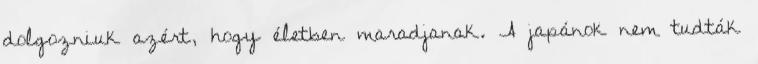
dolgozniuk azért, hogy életben maradjanak. A japánok nem tudták